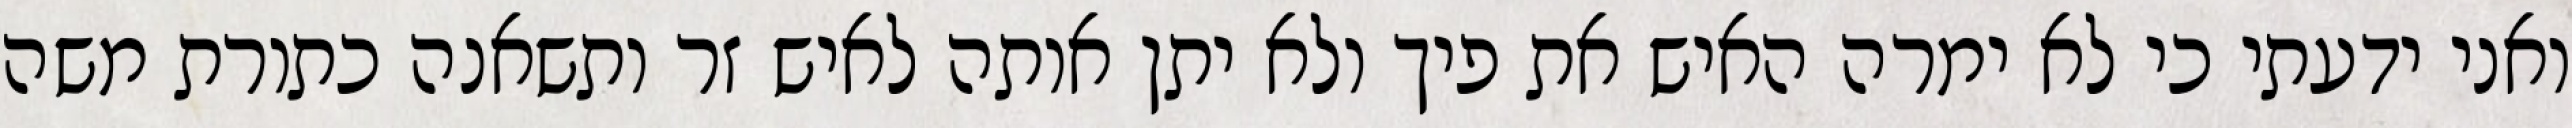
ואני ידעתי כי לא ימרה האיש את פיך ולא יתן אותה לאיש זר ותשאנה כתורת משה